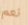
نعم